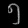
Digit: ၅